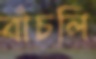
বাঁচলি